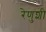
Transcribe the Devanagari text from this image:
रेणुशी